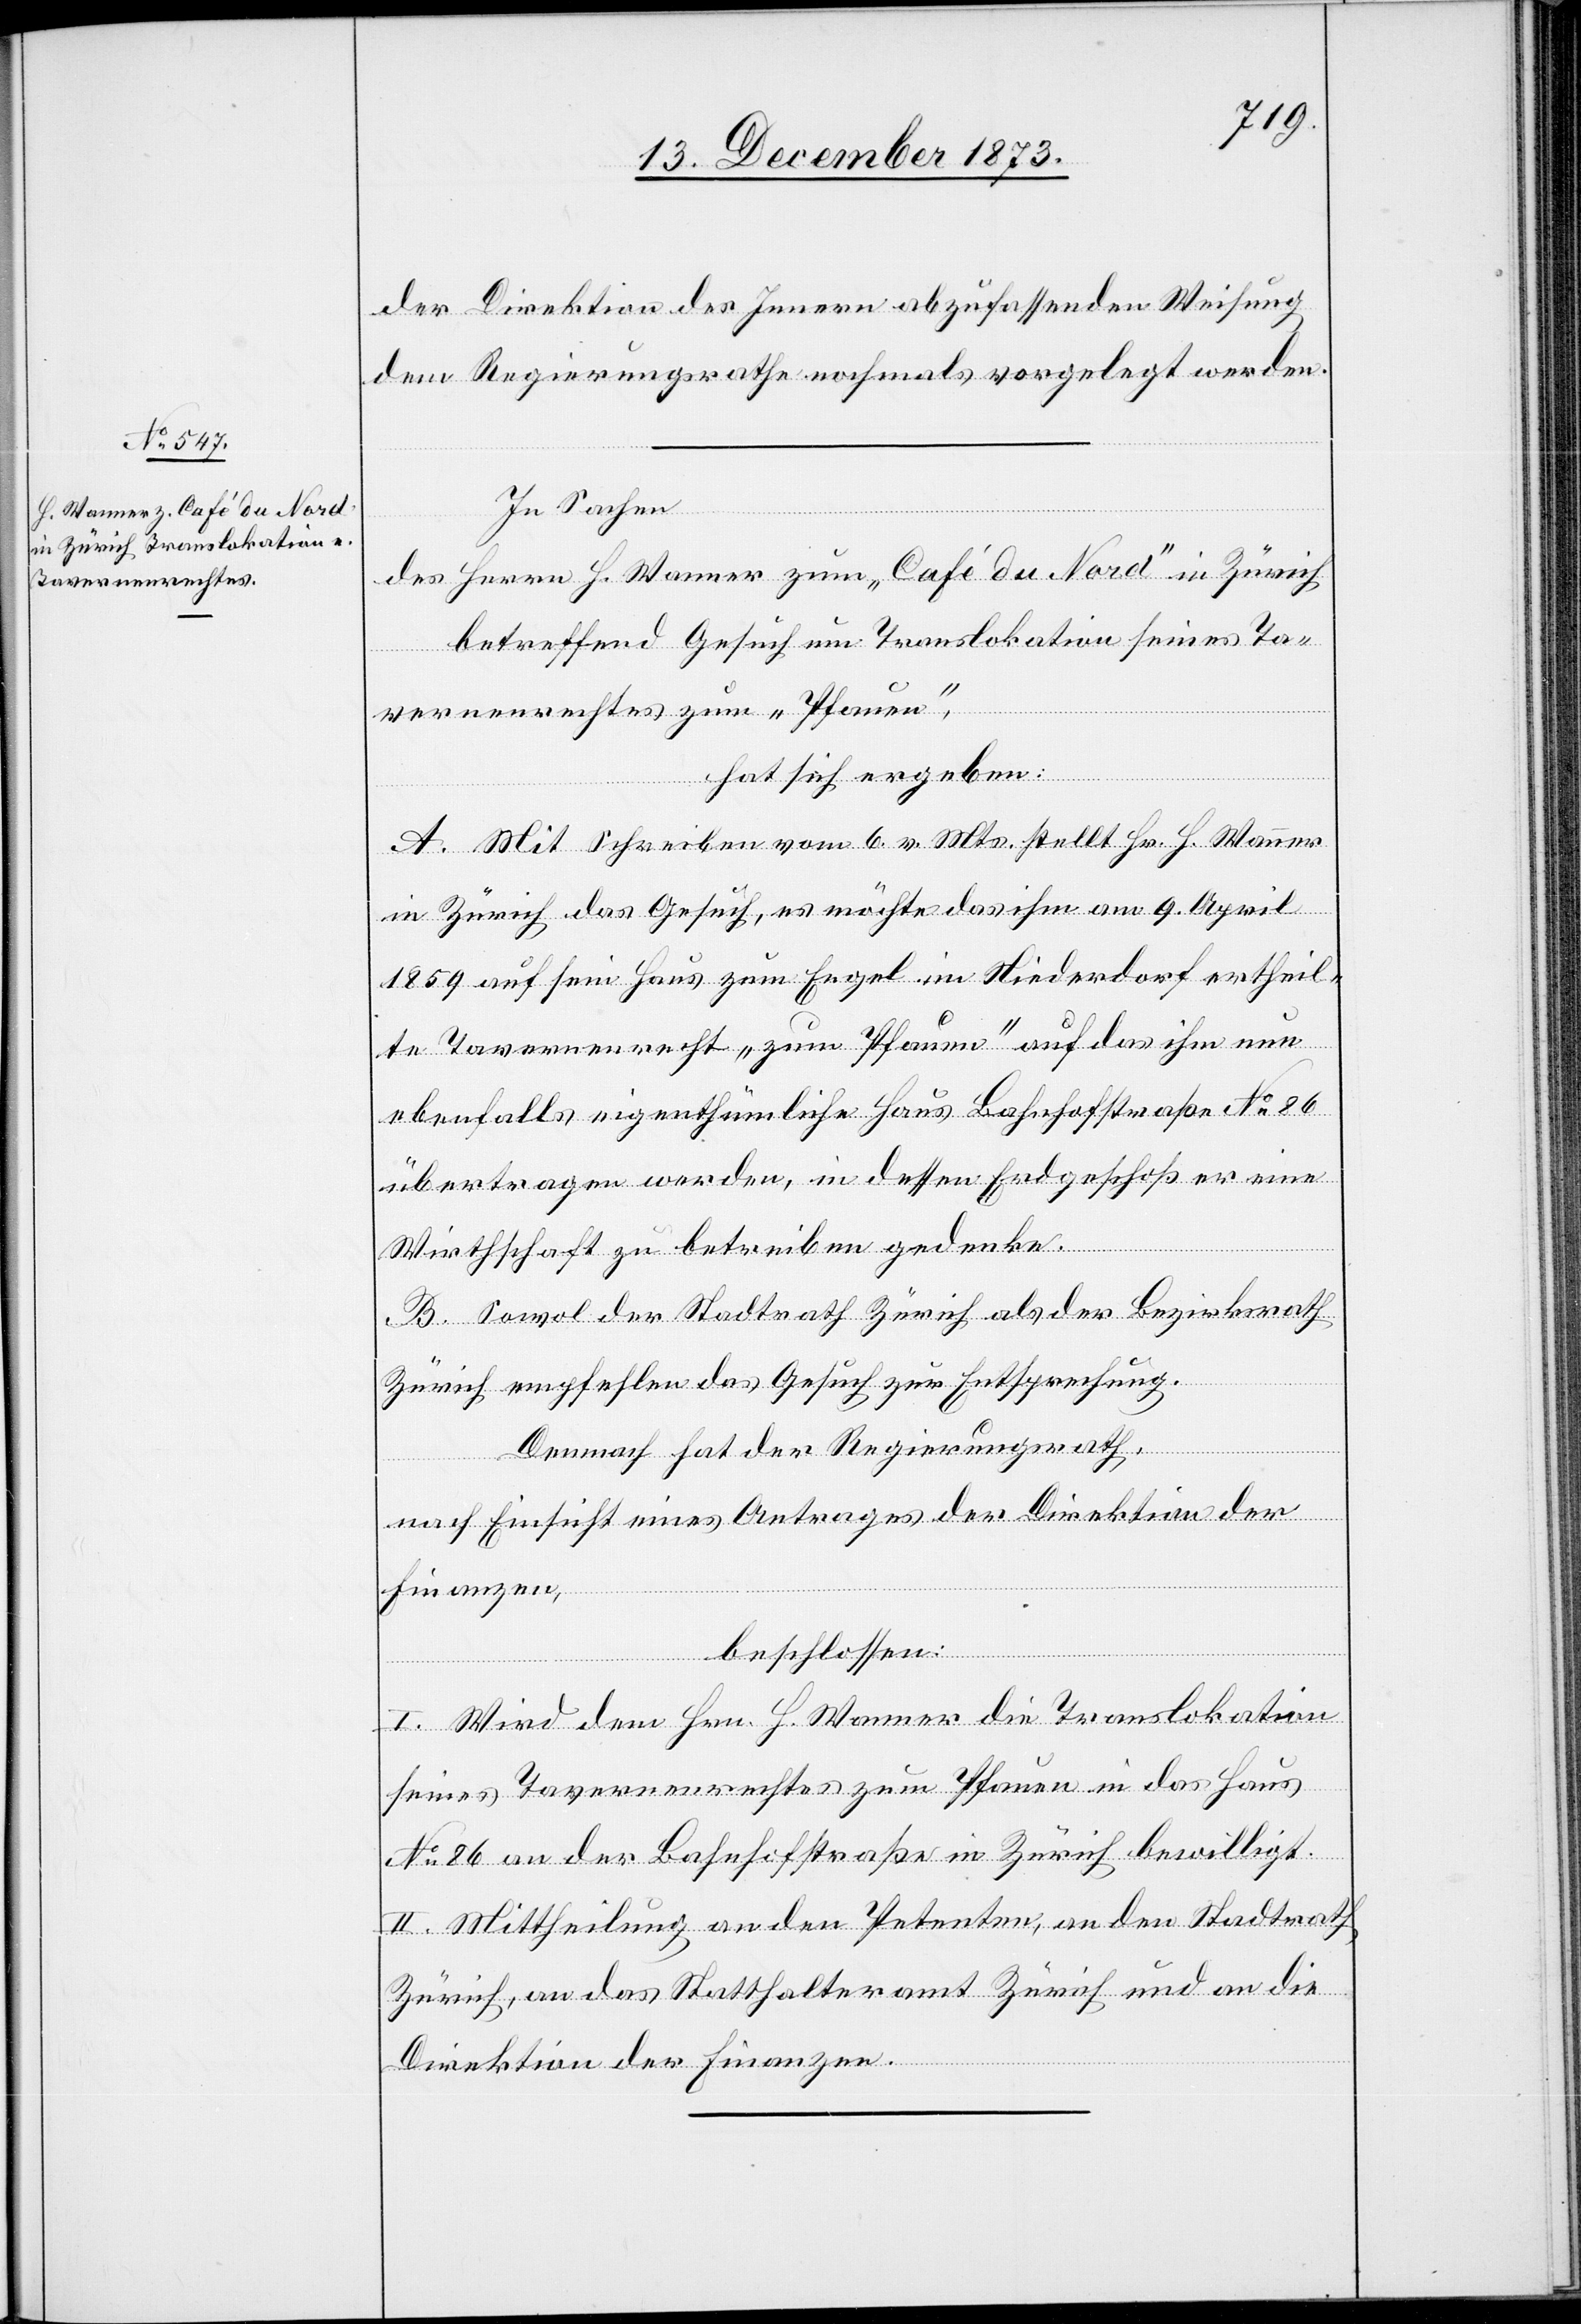
der Direktion des Innern abzufassenden Weisung
dem Regierungsrathe nochmals vorgelegt werden.
In Sachen
des Herrn H. Wanner zum „Café du Nord“ in Zürich
betreffend Gesuch um Translokation seines Ta¬
vernenrechtes zum „Pfauen“,
hat sich ergeben:
A. Mit Schreiben vom 6. v. Mts. stellt Hr. H. Wanner
in Zürich das Gesuch, es möchte das ihm am 9. April
1859 auf sein Haus zum Engel im Niederdorf ertheil¬
te Tavernenrecht „zum Pfauen“ auf das ihm nun
ebenfalls eigenthümliche Haus Bahnhofstraße No 86
übertragen werden, in dessen Erdgeschoß er eine
Wirthschaft zu betreiben gedenke.
B. Sowol der Stadtrath Zürich als der Bezirksrath
Zürich empfehlen das Gesuch zur Entsprechung.
Demnach hat der Regierungsrath,
nach Einsicht eines Antrages der Direktion der
Finanzen,
beschlossen:
I. Wird dem Hrn. H. Wanner die Translokation
seines Tavernenrechtes zum Pfauen in das Haus
No 86 an der Bahnhofstraße in Zürich bewilligt.
II. Mittheilung an den Petenten, an den Stadtrath
Zürich, an das Statthalteramt Zürich und an die
Direktion der Finanzen.